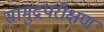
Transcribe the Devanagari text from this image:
सामुद्रपरीक्षण